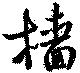
檣